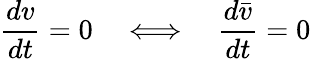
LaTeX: \frac{dv}{dt}=0\quad\Longleftrightarrow\quad\frac{d\bar{v}}{dt}=0